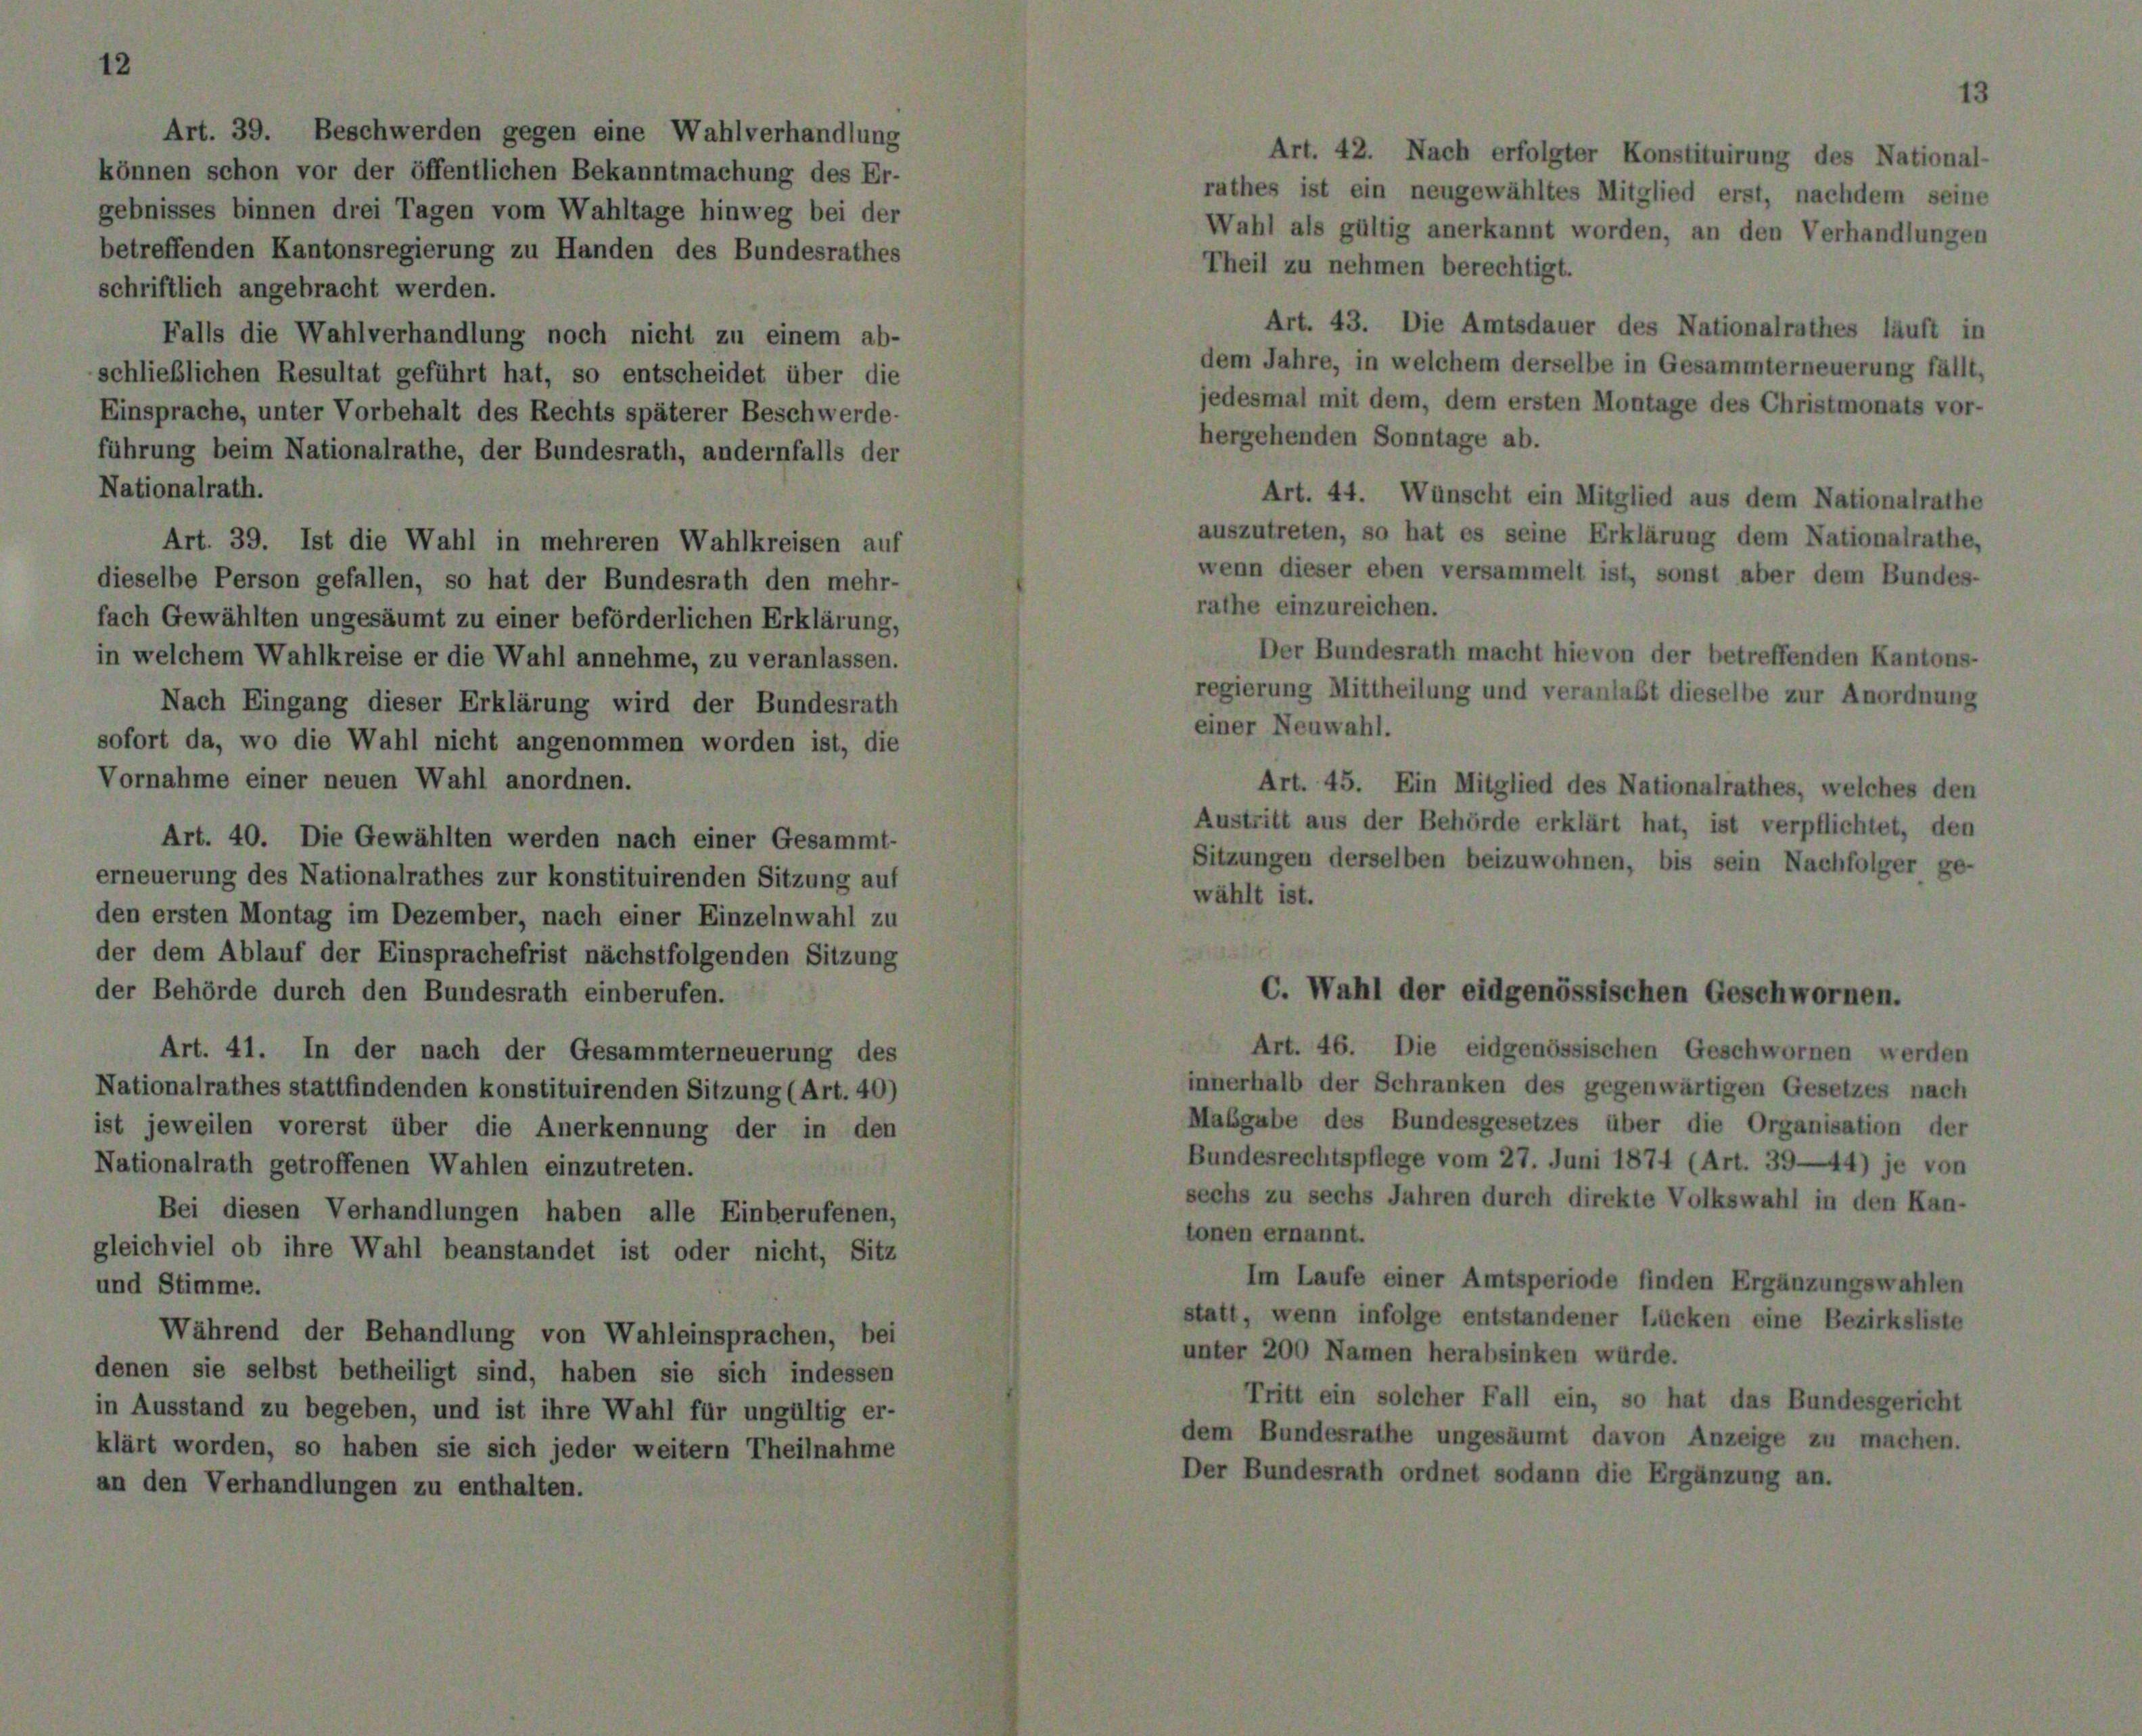
Art. 39. Beschwerden gegen eine Wahlverhandlung
können schon vor der öffentlichen Bekanntmachung des Er-
gebnisses binnen drei Tagen vom Wahltage hinweg bei der
betreffenden Kantonsregierung zu Handen des Bundesrathes
schriftlich angebracht werden.
Falls die Wahlverhandlung noch nicht zu einem ab-
schließlichen Resultat geführt hat, so entscheidet über die
Einsprache, unter Vorbehalt des Rechts späterer Beschwerde-
führung beim Nationalrathe, der Bundesrath, andernfalls der
Nationalrath.
Art. 39. Ist die Wahl in mehreren Wahlkreisen auf
dieselbe Person gefallen, so hat der Bundesrath den mehr-
fach Gewählten ungesäumt zu einer beförderlichen Erklärung,
in welchem Wahlkreise er die Wahl annehme, zu veranlassen.
Nach Eingang dieser Erklärung wird der Bundesrath
sofort da, wo die Wahl nicht angenommen worden ist, die
Vornahme einer neuen Wahl anordnen.
Art. 40. Die Gewählten werden nach einer Gesammt-
erneuerung des Nationalrathes zur konstituirenden Sitzung auf
den ersten Montag im Dezember, nach einer Einzelnwahl zu
der dem Ablauf der Einsprachefrist nächstfolgenden Sitzung
der Behörde durch den Bundesrath einberufen.
Art. 41. In der nach der Gesammterneuerung des
Nationalrathes stattfindenden konstituirenden Sitzung (Art. 40)
ist jeweilen vorerst über die Anerkennung der in den
Nationalrath getroffenen Wahlen einzutreten.
Bei diesen Verhandlungen haben alle Einberufenen,
gleichviel ob ihre Wahl beanstandet ist oder nicht, Sitz
und Stimme.
Während der Behandlung von Wahleinsprachen, bei
denen sie selbst betheiligt sind, haben sie sich indessen
in Ausstand zu begeben, und ist ihre Wahl für ungültig er-
klärt worden, so haben sie sich jeder weitern Theilnahme
an den Verhandlungen zu enthalten.

Art. 42. Nach erfolgter Konstituirung des National-
rathes ist ein neugewähltes Mitglied erst, nachdem seine
Wahl als gültig anerkannt worden, an den Verhandlungen
Theil zu nehmen berechtigt.
Art. 43. Die Amtsdauer des Nationalrathes läuft in
dem Jahre, in welchem derselbe in Gesammterneuerung fällt,
jedesmal mit dem, dem ersten Montage des Christmonats vor-
hergehenden Sonntage ab.
Art. 44. Wünscht ein Mitglied aus dem Nationalrathe
auszutreten, so hat es seine Erklärung dem Nationalrathe,
wenn dieser eben versammelt ist, sonst aber dem Bundes-
rathe einzureichen.
Der Bundesrath macht hievon der betreffenden Kantons-
regierung Mittheilung und veranlaßt dieselbe zur Anordnung
einer Neuwahl.
Art. 45. Ein Mitglied des Nationalrathes, welches den
Austritt aus der Behörde erklärt hat, ist verpflichtet, den
Sitzungen derselben beizuwohnen, bis sein Nachfolger ge-
wählt ist.

C. Wahl der eidgenössischen Geschwornen.

Art. 46. Die eidgenössischen Geschwornen werden
innerhalb der Schranken des gegenwärtigen Gesetzes nach
Maßgabe des Bundesgesetzes über die Organisation der
Bundesrechtspflege vom 27. Juni 1874 (Art. 39—44) je von
sechs zu sechs Jahren durch direkte Volkswahl in den Kan-
tonen ernannt.
Im Laufe einer Amtsperiode finden Ergänzungswahlen
statt, wenn infolge entstandener Lücken eine Bezirksliste
unter 200 Namen herabsinken würde.
Tritt ein solcher Fall ein, so hat das Bundesgericht
dem Bundesrathe ungesäumt davon Anzeige zu machen.
Der Bundesrath ordnet sodann die Ergänzung an.